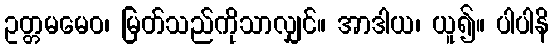
ဥတ္တမမေဝ၊ မြတ်သည်ကိုသာလျှင်။ အာဒါယ၊ ယူ၍။ ပါပါနိ